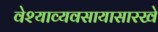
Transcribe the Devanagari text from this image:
वेश्याव्यवसायासारखे